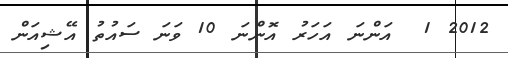
2012 1  އަންނަ އަހަރު އޮންނަ 10 ވަނަ ސައުތު އޭޝިއަން